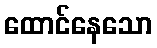
ထောင်နေသော